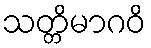
သတ္တိမာဂဝိ